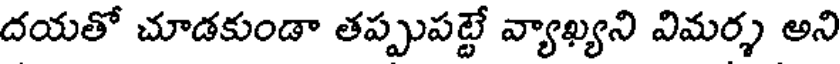
దయతో చూడకుండా తప్పుపట్టే వ్యాఖ్యని విమర్శ అని